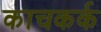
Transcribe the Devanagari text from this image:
काचकर्क